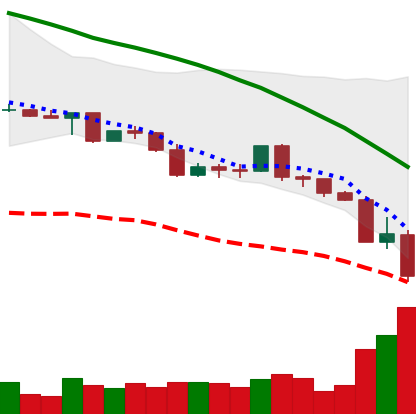
Ticker: LINK-USD
Chart end date: 2022-05-11
Forward return: 7.25%
Label: up_7plus